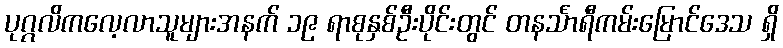
ပုဂ္ဂလိကလေ့လာသူများအနက် ၁၉ ရာစုနှစ်ဦးပိုင်းတွင် တနင်္သာရီကမ်းမြောင်ဒေသ ရှိ